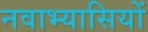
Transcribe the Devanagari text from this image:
नवाभ्यासियों